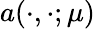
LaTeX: a(\cdot,\cdot;\mu)